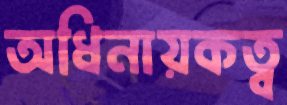
অধিনায়কত্ব